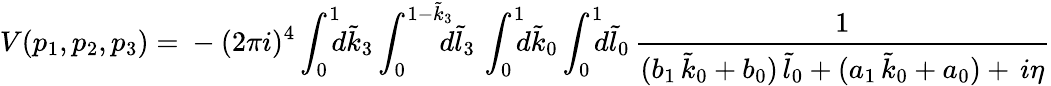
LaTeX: V(p_{1},p_{2},p_{3})={}-(2\pi i)^{4}\int_{0}^{1}\! \! \! d\tilde{k}_{3}\int_{0}^{1-\tilde{k}_{3}}\! \! \! \! d\tilde{l}_{3}\, \int_{0}^{1}\! \! \! d\tilde{k}_{0}\int_{0}^{1}\! \! \! d\tilde{l}_{0}\, \frac{1}{(b_{1}\, \tilde{k}_{0}+b_{0})\, \tilde{l}_{0}+(a_{1}\, \tilde{k}_{0}+a_{0})+\, i\eta}